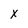
Character: X